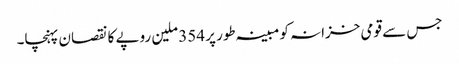
جس سے قومی خزانہ کو مبینہ طور پر 354 ملین روپے کا نقصان پہنچا۔